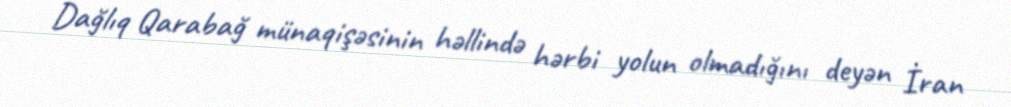
Dağlıq Qarabağ münaqişəsinin həllində hərbi yolun olmadığını deyən İran